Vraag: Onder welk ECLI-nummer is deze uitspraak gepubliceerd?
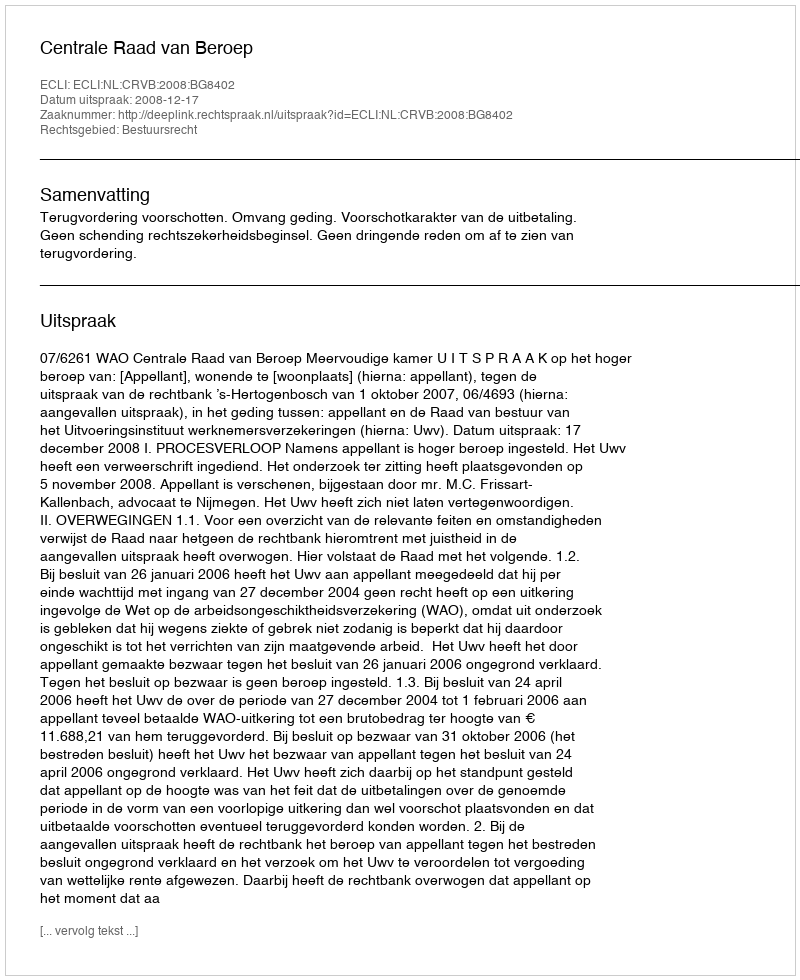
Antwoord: ECLI:NL:CRVB:2008:BG8402